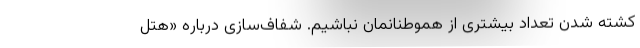
کشته شدن تعداد بیشتری از هموطنانمان نباشیم. شفاف‌سازی درباره «هتل